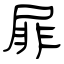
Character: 屝